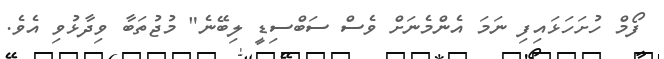
ފޯމް ހުށަހަޅައިފި ނަމަ އެންމެނަށް ވެސް ސަބްސިޑީ ލިބޭނެ" މުޖުތަބާ ވިދާޅުވި އެވެ.